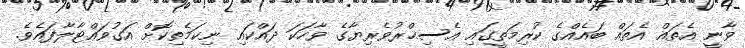
ވާނީ އެތައް އެތައް ބައެއްގެ ކުރިމަތީގައި އެސިޙްރުވެރިޔާގެ ވާހަކަ ދައްކައި ނިކަމެތިކޮށް އަގުވައްޓާލާފައެވެ.